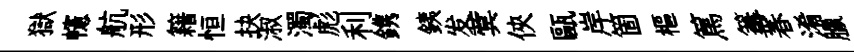
獄幰航形籍恒抉淑濁彪利鎸銕发蓂俠甌岸箇樞篤篝春淆臘